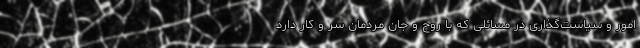
امور و سیاست‌گذاری در مسائلی که با روح و جان مردمان سر و کار دارد